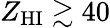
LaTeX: Z_{\mathrm{HI}}\gtrsim 40